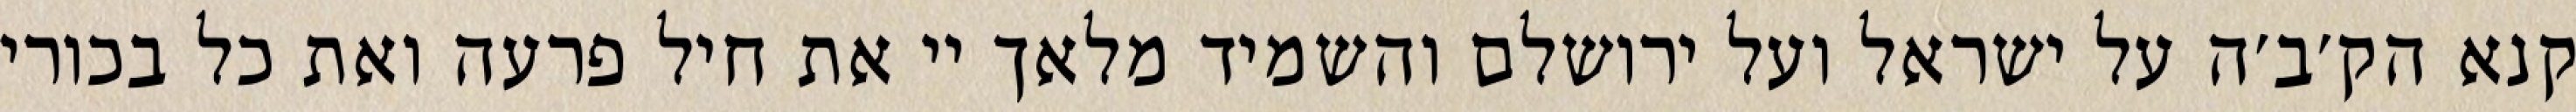
קנא הק׳ב׳ה על ישראל ועל ירושלם והשמיד מלאך יי את חיל פרעה ואת כל בכורי